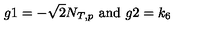
g 1 = - \sqrt { 2 } N _ { T , p } \ \mathrm { a n d } \ g 2 = k _ { 6 }